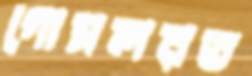
গোসলরত